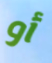
أو